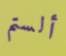
ألستم